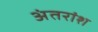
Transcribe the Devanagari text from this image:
अंतरांश